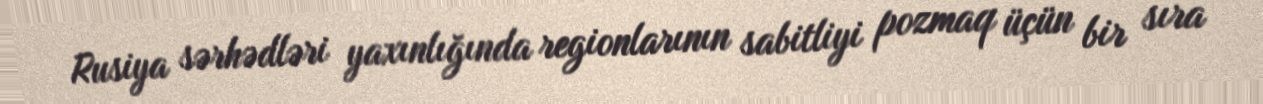
Rusiya sərhədləri yaxınlığında regionlarının sabitliyi pozmaq üçün bir sıra